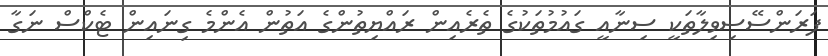
ފަރަންސޭސިވިލާތަކީ ސިނާއީ ގައުމުތަކުގެ ތެރެއިން ރައްޔިތުންގެ އަތުން އެންމެ ގިނައިން ޓެކްސް ނަގާ